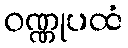
ဝဏ္ဏုပထံ